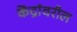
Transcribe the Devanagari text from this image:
केंद्रांवरील